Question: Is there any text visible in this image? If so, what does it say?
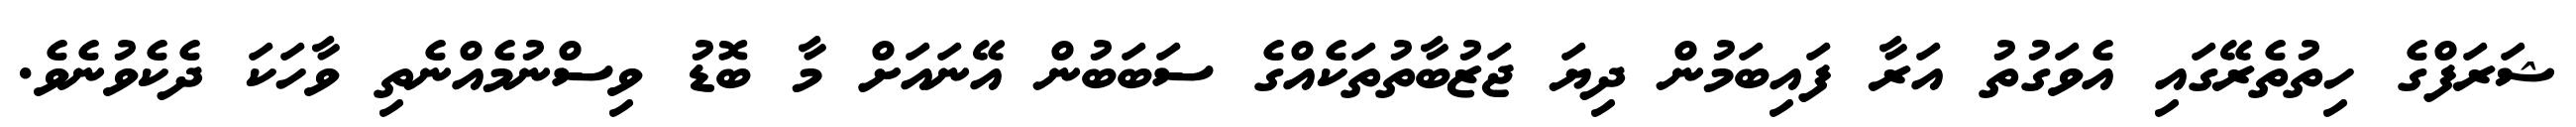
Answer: ޝަރަފްގެ ހިތުތެރޭގައި އެވަގުތު އަރާ ފައިބަމުން ދިޔަ ޖަޒުބާތުތަކެއްގެ ސަބަބުން އޭނައަށް މާ ބޮޑު ވިސްނުމެއްނެތި ވާހަކަ ދެކެވުނެވެ.